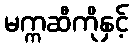
မက္ကဆီကိုနှင့်